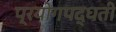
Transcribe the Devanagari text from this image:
प्रयोगपद्धती